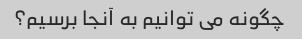
چگونه می توانیم به آنجا برسیم؟